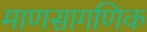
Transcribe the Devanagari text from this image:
माणसागणिक